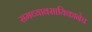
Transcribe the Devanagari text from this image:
समव्यावसायिकानेच